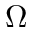
\Omega